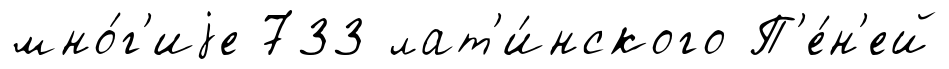
мно́г'иjе 733 лат'и́нского П'е́н'ей